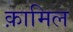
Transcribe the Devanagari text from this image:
क़ामिल